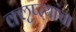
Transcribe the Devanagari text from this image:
क्‍ऌप्त्यांचा